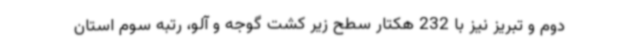
دوم و تبریز نیز با 232 هکتار سطح زیر کشت گوجه و آلو، رتبه سوم استان